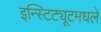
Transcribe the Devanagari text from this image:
इन्स्टिट्यूटमधले